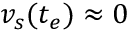
v _ { s } ( t _ { e } ) \approx 0